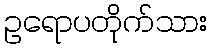
ဥရောပတိုက်သား